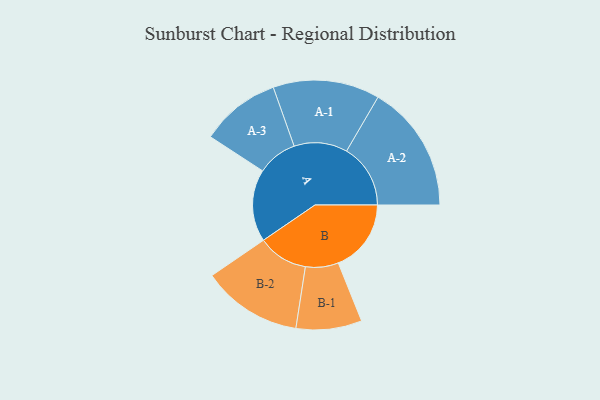
{"axis": {"x": "Segment", "y": "Value"}, "legend": ["", "A", "B"], "data": [{"x": "A", "y": 314, "type": ""}, {"x": "B", "y": 317, "type": ""}, {"x": "A-1", "y": 232, "type": "A"}, {"x": "A-2", "y": 278, "type": "A"}, {"x": "A-3", "y": 174, "type": "A"}, {"x": "B-1", "y": 143, "type": "B"}, {"x": "B-2", "y": 218, "type": "B"}]}